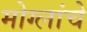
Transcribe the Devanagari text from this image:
मोग्लांचे